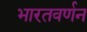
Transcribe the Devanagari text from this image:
भारतवर्णन